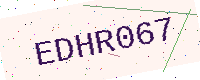
Text: EDHR067